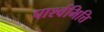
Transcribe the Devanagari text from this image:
पार्श्वभित्ति